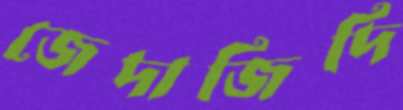
জেদাজিদি